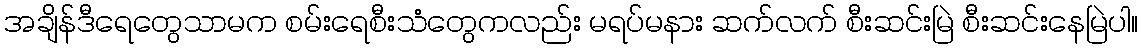
အချိန်ဒီရေတွေသာမက စမ်းရေစီးသံတွေကလည်း မရပ်မနား ဆက်လက် စီးဆင်းမြဲ စီးဆင်းနေမြဲပါ။